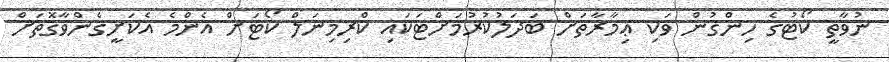
ނުވާތީ ކޯޓުގެ ހިންގުން ވަކި ޢިމާރާތަށް ބަދަލުކުރުމަށްޓަކައި ކްރިމިނަލް ކޯޓަށް އެންމެ އެކަށީގެންވާގޮތަށް